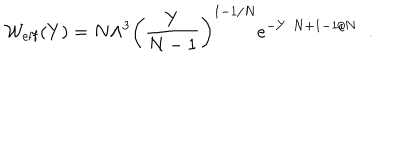
LaTeX: { \cal W } _ { \mathrm { e f f } } ( Y ) = N \Lambda ^ { 3 } \left( \frac { Y } { N - 1 } \right) ^ { 1 - 1 / N } e ^ { - Y / N + 1 - 1 / N } \; \; .